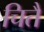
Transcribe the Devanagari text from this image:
चितै